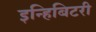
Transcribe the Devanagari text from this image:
इन्हिबिटरी